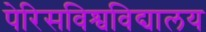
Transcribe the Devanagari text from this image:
पेरिसविश्वविद्यालय